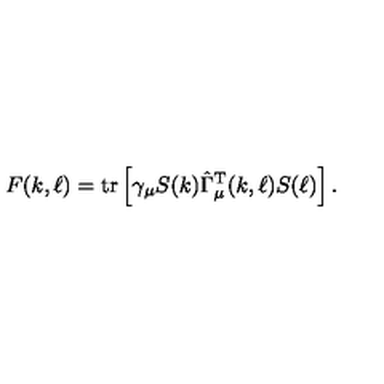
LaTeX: F ( k , \ell ) = \mathrm { t r } \left[ \gamma _ { \mu } S ( k ) \hat { \Gamma } _ { \mu } ^ { \mathrm { T } } ( k , \ell ) S ( \ell ) \right] .